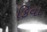
કિવા